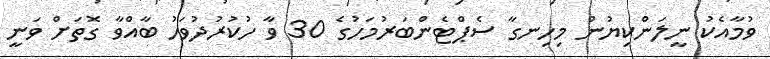
ވުމާއެކު ނީލަންކިޔުން މިހިނގާ ސެޕްޓެންބަރުމަހުގެ 30 ވާ ހުކުރުދުވަހު ބާއްވާ ގޮތަށް ވަނީ